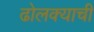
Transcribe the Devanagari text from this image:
ढोलक्याची